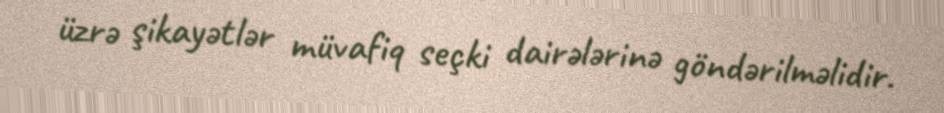
üzrə şikayətlər müvafiq seçki dairələrinə göndərilməlidir.